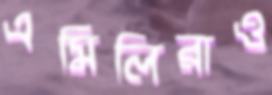
এমিলিরাও